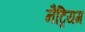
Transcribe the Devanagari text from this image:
नैट्रियम